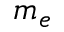
m _ { e }